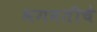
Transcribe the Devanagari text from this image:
भगवतीचे